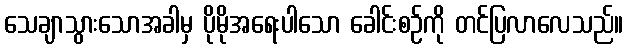
သေချာသွားသောအခါမှ ပိုမိုအရေးပါသော ခေါင်းစဉ်ကို တင်ပြလာလေသည်။